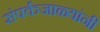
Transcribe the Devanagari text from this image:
संपर्कजाळ्यांनी